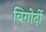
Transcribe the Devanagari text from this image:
बिगोर्दी